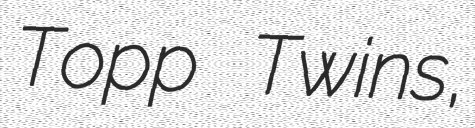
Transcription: Topp Twins,